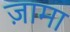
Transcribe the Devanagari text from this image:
ज़ामा